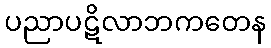
ပညာပဋိလာဘကတေန